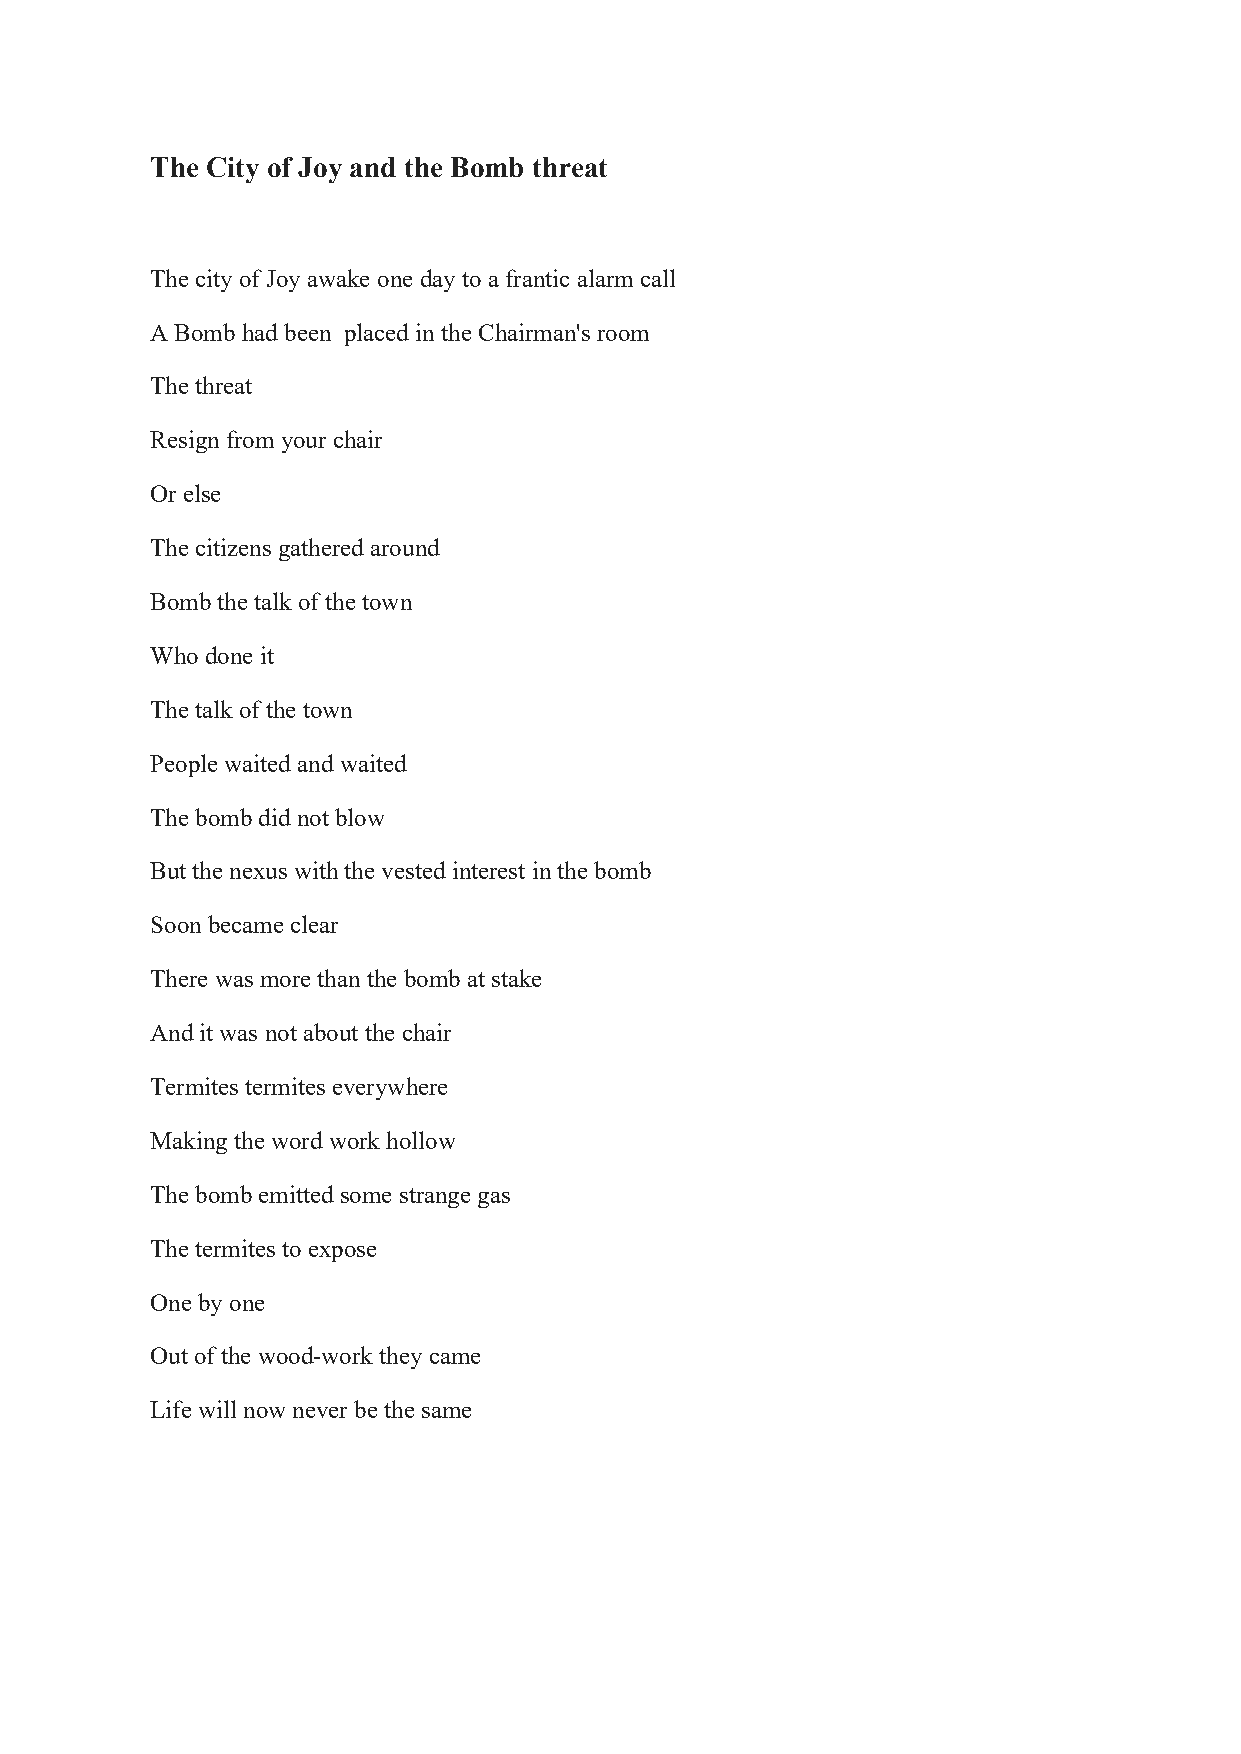
The City of Joy and the Bomb threat
 Thecity ofJoy awake oneday toa frantic alarm call
 ABomb had been placed intheChairman's room
 Thethreat
 Resign from your chair
 Orelse
 Thecitizens gathered around
 Bomb thetalk of thetown
 Whodone it
 Thetalk ofthe town
 Peoplewaited and waited
 Thebombdid not blow
 But thenexus withthe vested interest inthe bomb
 Soonbecame clear
 There was more than thebomb at stake
 And itwas not about thechair
 Termites termites everywhere
 Making theword work hollow
 Thebombemitted somestrange gas
 Thetermites to expose
 Onebyone
 Out ofthewood-work theycame
 Lifewill nownever bethe same